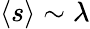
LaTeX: \langle s\rangle\sim\lambda